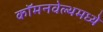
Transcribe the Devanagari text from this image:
कॉमनवेल्थमध्ये